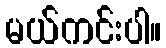
မယ်ကင်းပါ။